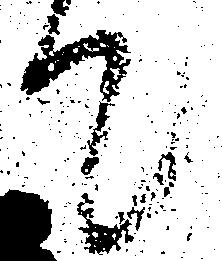
て